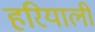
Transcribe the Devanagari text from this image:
हरियाली